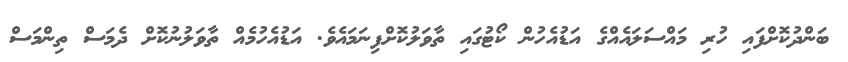
ބަންދުކޮށްފައި ހުރި މައްސަލައެއްގެ އަޑުއެހުން ކޯޓުގައި ތާވަލުކޮށްފިނަމައެވެ. އަޑުއެހުމެއް ތާވަލުނުކޮށް ދެމަސް ތިންމަސް